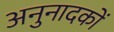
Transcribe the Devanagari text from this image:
अनुनादकों